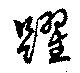
躍